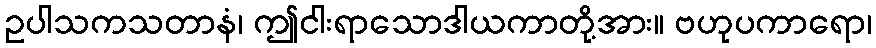
ဥပါသကသတာနံ၊ ဤငါးရာသောဒါယကာတို့အား။ ဗဟုပကာရော၊